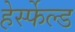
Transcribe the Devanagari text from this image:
हेर्स्फेल्ड